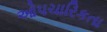
ઓપચારિકતા